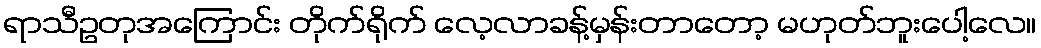
ရာသီဥတုအကြောင်း တိုက်ရိုက် လေ့လာခန့်မှန်းတာတော့ မဟုတ်ဘူးပေါ့လေ။